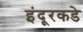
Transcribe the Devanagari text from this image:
इंदूरकडे